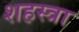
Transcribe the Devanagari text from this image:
शहस्त्रा